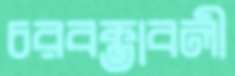
চরবক্তাবলী